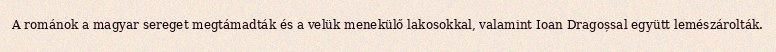
A románok a magyar sereget megtámadták és a velük menekülő lakosokkal, valamint Ioan Dragoșsal együtt lemészárolták.